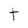
Character: t